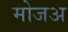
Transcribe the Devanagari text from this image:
मोजअ